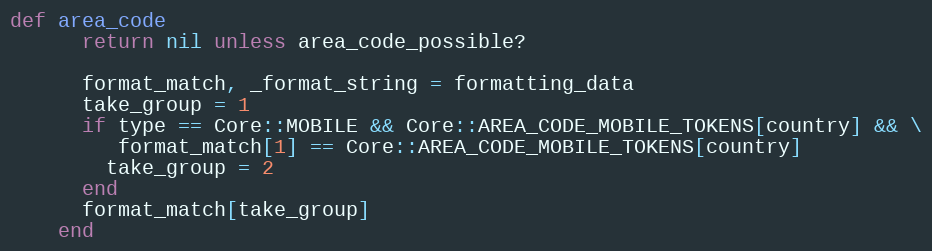
Language: Ruby
def area_code
      return nil unless area_code_possible?

      format_match, _format_string = formatting_data
      take_group = 1
      if type == Core::MOBILE && Core::AREA_CODE_MOBILE_TOKENS[country] && \
         format_match[1] == Core::AREA_CODE_MOBILE_TOKENS[country]
        take_group = 2
      end
      format_match[take_group]
    end